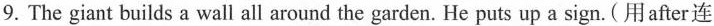
9.The giant builds a wall all around the garden. He puts up a sign.(用after连